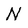
Character: N